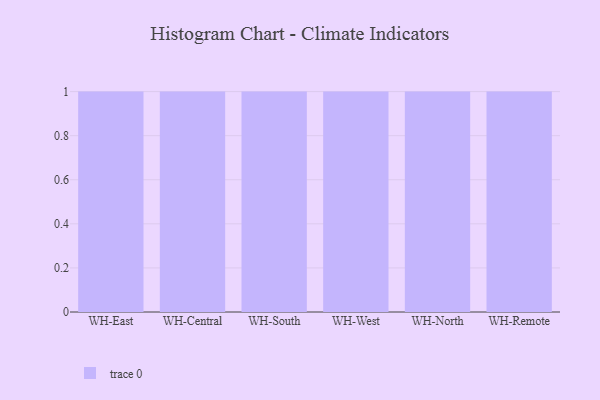
{"axis": {"x": "Warehouse", "y": "Conversion Rate (%)"}, "legend": [""], "data": [{"x": "WH-East", "y": 90, "type": ""}, {"x": "WH-Central", "y": 42, "type": ""}, {"x": "WH-South", "y": 89, "type": ""}, {"x": "WH-West", "y": 99, "type": ""}, {"x": "WH-North", "y": 92, "type": ""}, {"x": "WH-Remote", "y": 7, "type": ""}]}